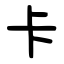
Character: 卡